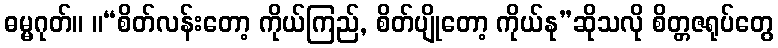
ဓမ္မဂုတ်။ ။“စိတ်လန်းတော့ ကိုယ်ကြည်, စိတ်ပျိုတော့ ကိုယ်နု”ဆိုသလို စိတ္တဇရုပ်တွေ